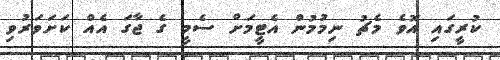
ކުރީގައި އޮވެ މެޗު ނިމުމުން އެޓީމަށް ސެމީ ގެ ޖާގަ އެއް ކަށަވަރުވި